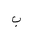
Letter: _ba